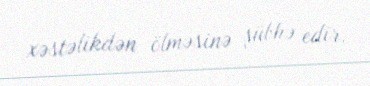
xəstəlikdən ölməsinə şübhə edir.